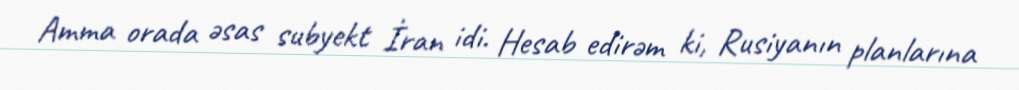
Amma orada əsas subyekt İran idi. Hesab edirəm ki, Rusiyanın planlarına